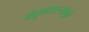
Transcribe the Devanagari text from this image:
बंदुकधार्‍यांपुढे